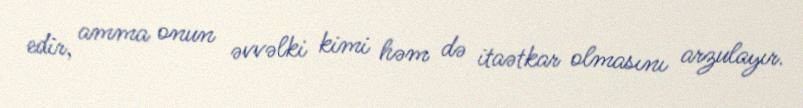
edir, amma onun əvvəlki kimi həm də itaətkar olmasını arzulayır.